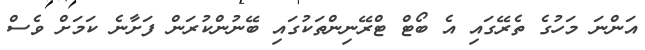
އަންނަ މަހުގެ ތެރޭގައި އެ ބޯޓް ޓްރޭނިންތަކުގައި ބޭނުންކުރަން ފަށާނެ ކަމަށް ވެސް